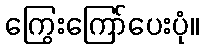
ကြွေးကြော်ပေးပုံ။